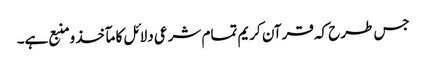
جس طرح کہ قرآن کریم تمام شرعی دلائل کا مآخذ ومنبع ہے۔